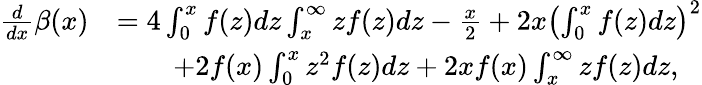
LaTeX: \begin{array}{rl}{\frac{d}{dx}\beta(x)}&{=4\int_{0}^{x}f(z)dz\int_{x}^{\infty}zf(z)dz-\frac{x}{2}+2x\left(\int_{0}^{x}f(z)dz\right)^{2}}\\ &{\qquad+2f(x)\int_{0}^{x}z^{2}f(z)dz+2xf(x)\int_{x}^{\infty}zf(z)dz,}\end{array}